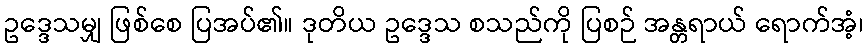
ဥဒ္ဒေသမျှ ဖြစ်စေ ပြအပ်၏။ ဒုတိယ ဥဒ္ဒေသ စသည်ကို ပြစဉ် အန္တရာယ် ရောက်အံ့၊